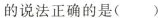
的说法正确的是()